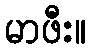
မာဖီး။